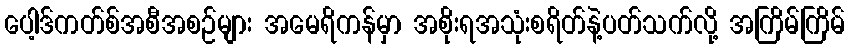
ပေါ့ဒ်ကတ်စ်အစီအစဉ်များ အမေရိကန်မှာ အစိုးရအသုံးစရိတ်နဲ့ပတ်သက်လို့ အကြိမ်ကြိမ်